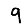
Digit: 9